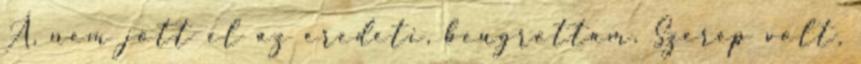
Á, nem jött el az eredeti, beugrottam. Szerep volt,